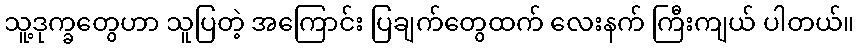
သူ့ဒုက္ခတွေဟာ သူပြတဲ့ အကြောင်း ပြချက်တွေထက် လေးနက် ကြီးကျယ် ပါတယ်။